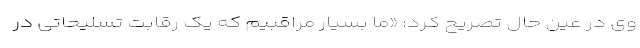
وی در عین حال تصریح کرد: «ما بسیار مراقبیم که یک رقابت تسلیحاتی در